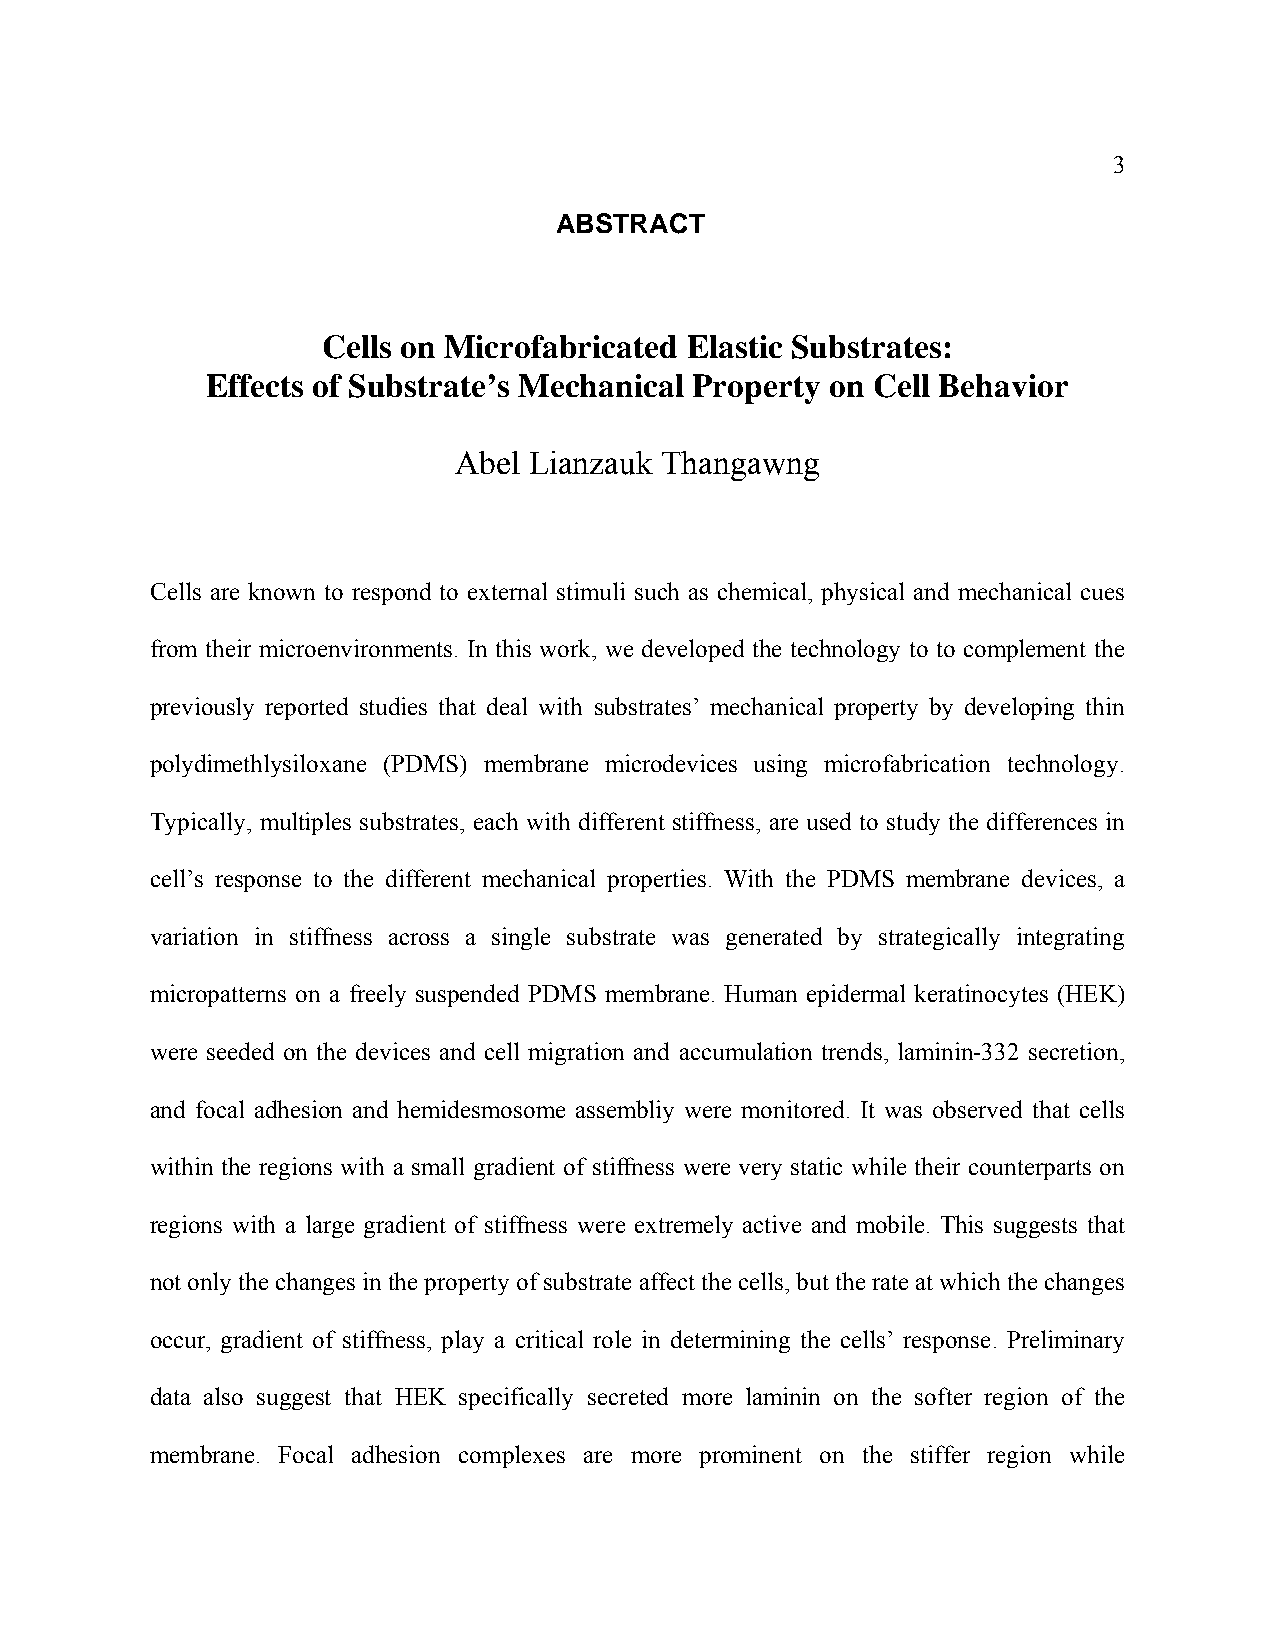
3
 ABSTRACT
 Cells on Microfabricated Elastic Substrates:
 Effects of Substrate’s Mechanical Property on Cell Behavior
 Abel Lianzauk Thangawng
 Cells are known to respond to external stimuli such as chemical, physical and mechanical cues
 from their microenvironments. In this work, we developed the technology to to complement the
 previously reported studies that deal with substrates’ mechanical property by developing thin
 polydimethlysiloxane (PDMS) membrane microdevices using microfabrication technology.
 Typically, multiples substrates, each with different stiffness, are used to study the differences in
 cell’s response to the different mechanical properties. With the PDMS membrane devices, a
 variation in stiffness across a single substrate was generated by strategically integrating
 micropatterns on a freely suspended PDMS membrane. Human epidermal keratinocytes (HEK)
 were seeded on the devices and cell migration and accumulation trends, laminin-332 secretion,
 and focal adhesion and hemidesmosome assembliy were monitored. It was observed that cells
 within the regions with a small gradient of stiffness were very static while their counterparts on
 regions with a large gradient of stiffness were extremely active and mobile. This suggests that
 not only the changes in the property of substrate affect the cells, but the rate at which the changes
 occur, gradient of stiffness, play a critical role in determining the cells’ response. Preliminary
 data also suggest that HEK specifically secreted more laminin on the softer region of the
 membrane. Focal adhesion complexes are more prominent on the stiffer region while